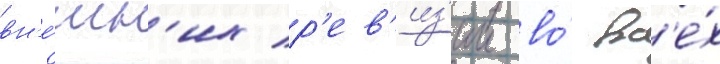
вн'е́шн'их р'ев'из'ии во́ вс'е́х